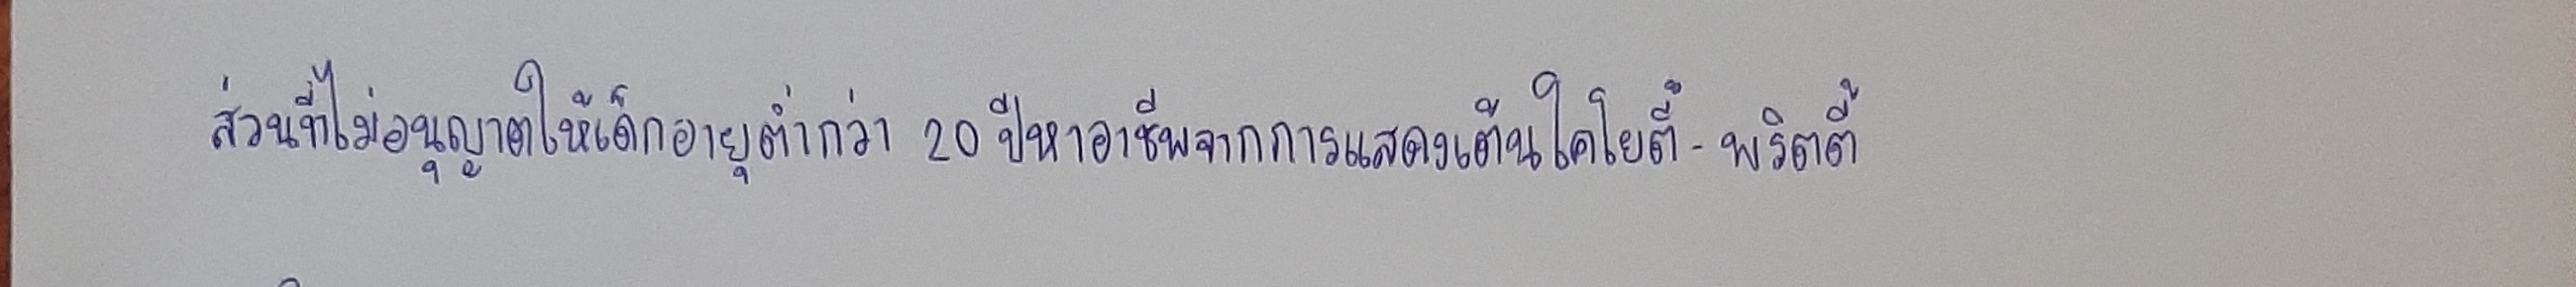
ส่วนที่ไม่อนุญาตให้เด็กอายุต่ำกว่า20ปีหาอาชีพพิเศษจากการแสดงเต้นโคโยตี้-พริตตี้